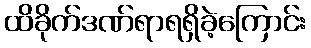
ထိခိုက်ဒဏ်ရာရရှိခဲ့ကြောင်း